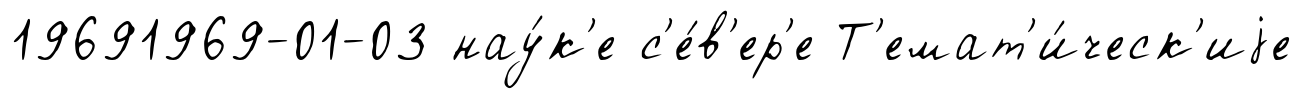
19691969-01-03 нау́к'е с'е́в'ер'е Т'емат'и́ческ'иjе